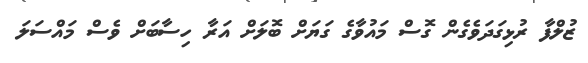
ޒުލްފާ ރުޅިގަދަވެގެން ގޮސް މައުވާގެ ގަޔަށް ބޮލަށް އަރާ ހިސާބަށް ވެސް މައްސަލަ